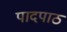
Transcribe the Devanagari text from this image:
पादपाठ